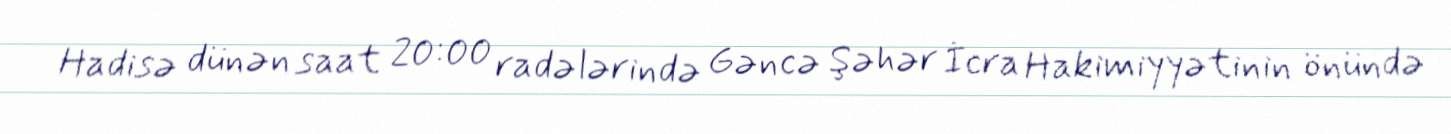
Hadisə dünən saat 20:00 radələrində Gəncə Şəhər İcra Hakimiyyətinin önündə